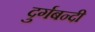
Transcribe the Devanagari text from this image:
दुर्गबन्दी